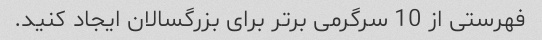
فهرستی از 10 سرگرمی برتر برای بزرگسالان ایجاد کنید.